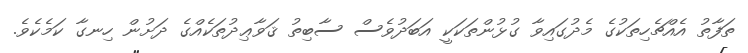
ތަފާތު އެއްޗެހިތަކުގެ މެދުގައިވާ ގުޅުންތަކަކީ އަބަދުވެސް ސާބިތު ޤަވާޢިދުތަކެއްގެ ދަށުން ހިނގާ ކަމެކެވެ.